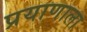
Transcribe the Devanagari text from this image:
प्रयाणाला